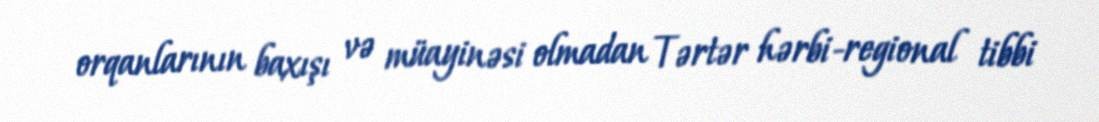
orqanlarının baxışı və müayinəsi olmadan Tərtər hərbi-regional tibbi